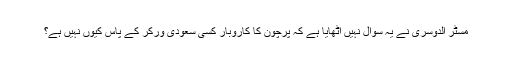
مسٹر الدوسری نے یہ سوال نہیں اٹھایا ہے کہ پرچون کا کاروبار کسی سعودی ورکر کے پاس کیوں نہیں ہے؟